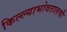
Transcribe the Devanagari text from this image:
किल्ल्याभोवतालची